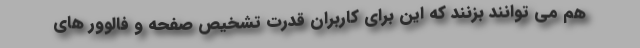
هم می توانند بزنند که این برای کاربران قدرت تشخیص صفحه و فالوور های